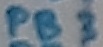
Text: PB3